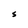
Character: S